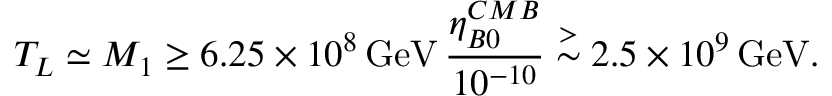
T _ { L } \simeq M _ { 1 } \geq 6 . 2 5 \times 1 0 ^ { 8 } \, \mathrm { G e V } \, { \frac { \eta _ { B 0 } ^ { C M B } } { 1 0 ^ { - 1 0 } } } \stackrel { > } { \sim } 2 . 5 \times 1 0 ^ { 9 } \, \mathrm { G e V } .